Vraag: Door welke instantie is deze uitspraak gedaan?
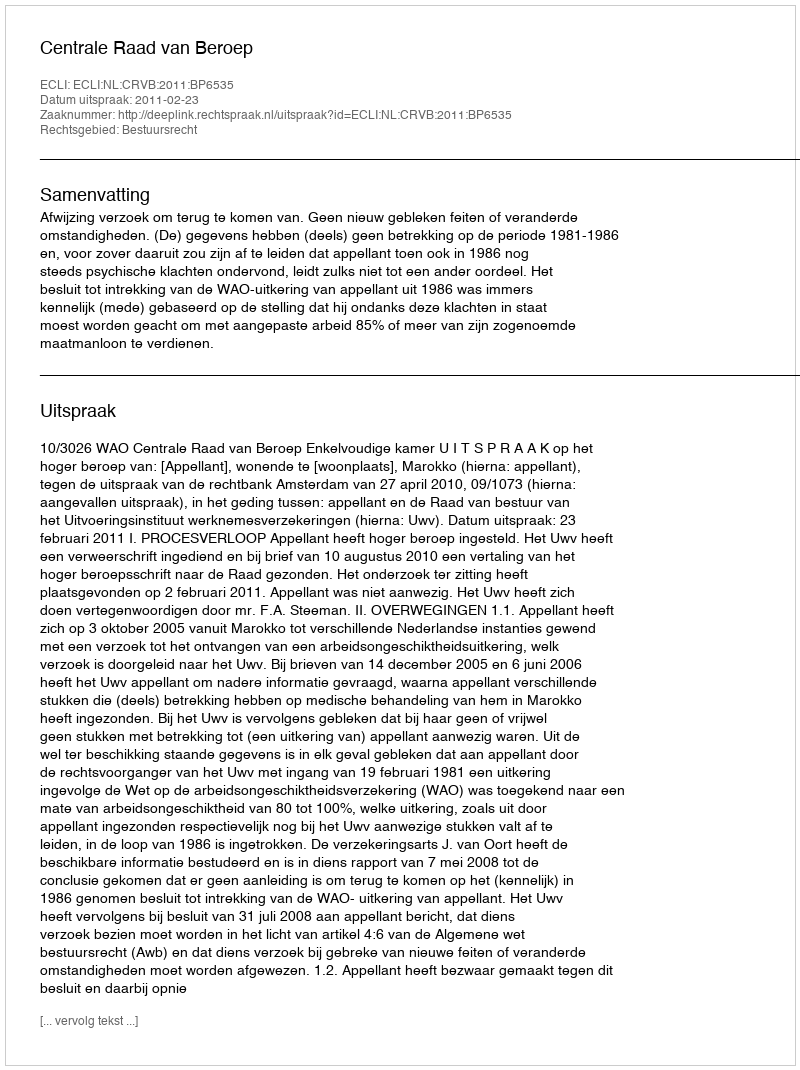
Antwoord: Centrale Raad van Beroep